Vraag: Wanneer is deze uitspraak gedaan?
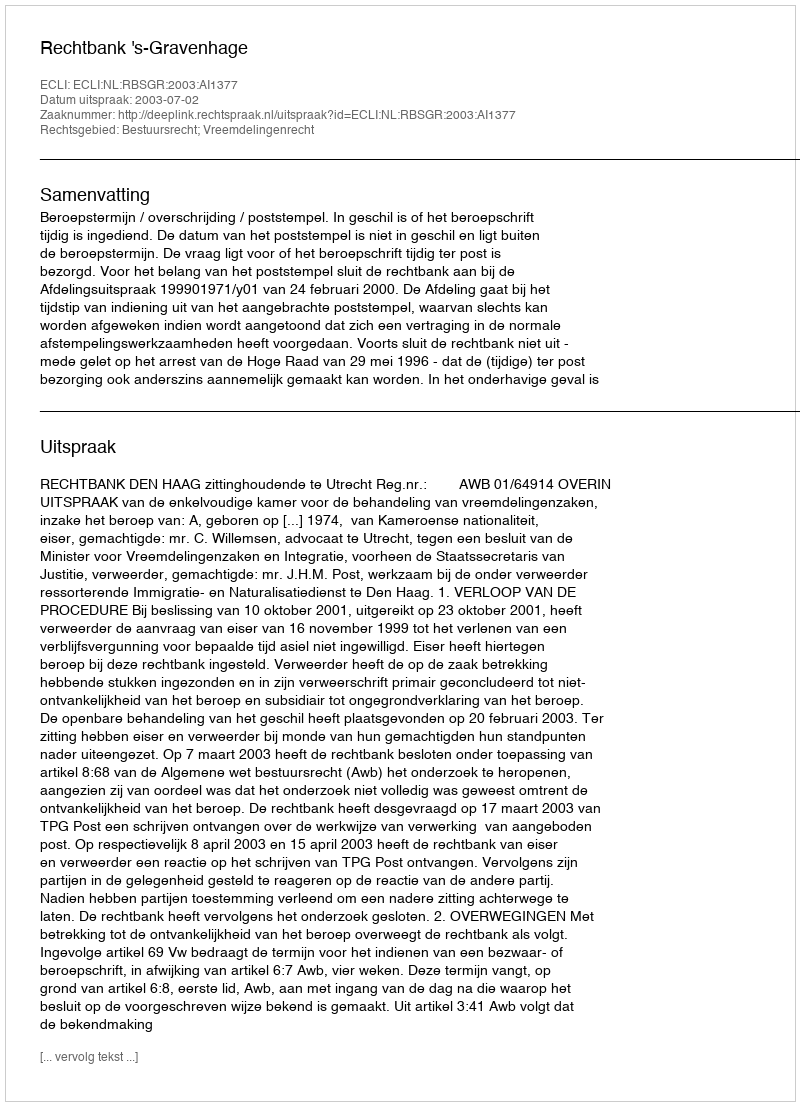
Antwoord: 2003-07-02